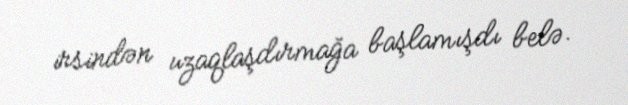
irsindən uzaqlaşdırmağa başlamışdı belə.